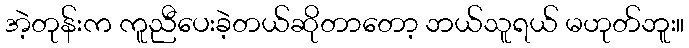
အဲ့တုန်းက ကူညီပေးခဲ့တယ်ဆိုတာတော့ ဘယ်သူရယ် မဟုတ်ဘူး။